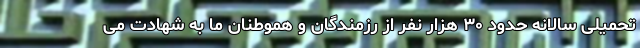
تحمیلی سالانه حدود ۳۰ هزار نفر از رزمندگان و هموطنان ما به شهادت می